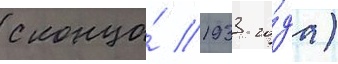
с конца́ 1933 го́да)